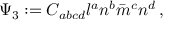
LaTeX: \Psi _ { 3 } : = C _ { a b c d } l ^ { a } n ^ { b } { \bar { m } } ^ { c } n ^ { d } \, ,